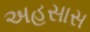
અહસાસ